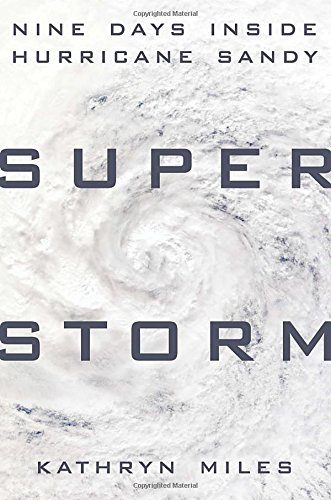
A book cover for Superstorm: Nine Days Inside Hurricane Sandy; Kathryn Miles; Science & Math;